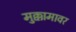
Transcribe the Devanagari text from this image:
मुक्कामावर